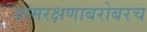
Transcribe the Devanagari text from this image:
ग्रामरक्षणाबरोबरच